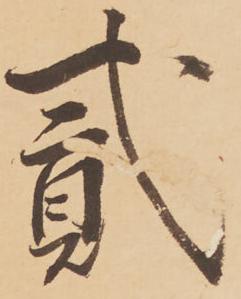
弐